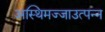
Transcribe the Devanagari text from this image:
अस्थिमज्जाउत्पन्न